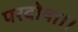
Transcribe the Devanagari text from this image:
परदोषा।।